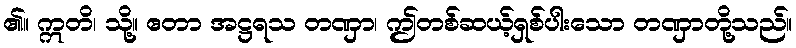
၏။ ဣတိ၊ သို့။ ဧတာ အဋ္ဌရသ တဏှာ၊ ဤတစ်ဆယ့်ရှစ်ပါးသော တဏှာတို့သည်။